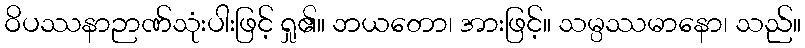
ဝိပဿနာဉာဏ်သုံးပါးဖြင့် ရှု၏။ ဘယတော၊ အားဖြင့်။ သမ္ပဿမာနော၊ သည်။